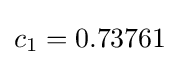
c_{1}=0.73761